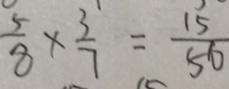
\frac { 5 } { 8 } \times \frac { 3 } { 7 } = \frac { 1 5 } { 5 6 }